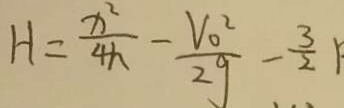
H = \frac { x ^ { 2 } } { 4 h } - \frac { V _ { 0 } ^ { 2 } } { 2 g } - \frac { 3 } { 2 } 1